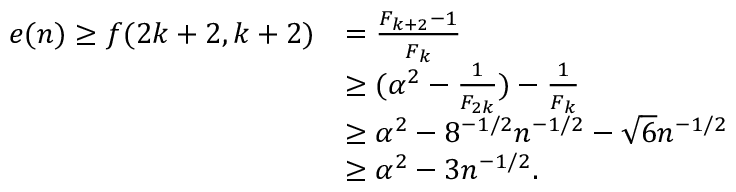
\begin{array} { r l } { e ( n ) \geq f ( 2 k + 2 , k + 2 ) } & { = { \frac { F _ { k + 2 } - 1 } { F _ { k } } } } \\ & { \geq ( \alpha ^ { 2 } - { \frac { 1 } { F _ { 2 k } } } ) - { \frac { 1 } { F _ { k } } } } \\ & { \geq \alpha ^ { 2 } - 8 ^ { - 1 / 2 } n ^ { - 1 / 2 } - \sqrt { 6 } n ^ { - 1 / 2 } } \\ & { \geq \alpha ^ { 2 } - 3 n ^ { - 1 / 2 } . } \end{array}